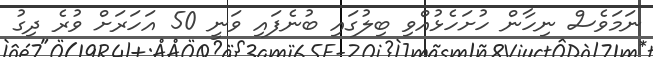
ނަމަވެސް ނިހާން ހުށަހެޅުއްވި ބިލުގައި ބުނެފައި ވަނީ 50 އަހަރަށް ވުރެ ދިގު